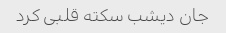
جان دیشب سکته قلبی کرد